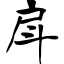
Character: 戽